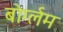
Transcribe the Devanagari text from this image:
बोर्ग्लम